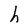
Character: h